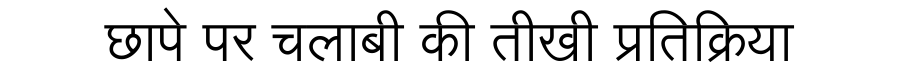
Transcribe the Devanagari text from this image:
छापे पर चलाबी की तीखी प्रतिक्रिया